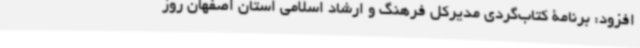
افزود: برنامۀ کتاب‌گردی مدیرکل فرهنگ و ارشاد اسلامی استان اصفهان روز